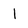
Character: 1